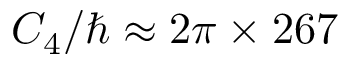
C _ { 4 } / \hbar \approx 2 \pi \times 2 6 7